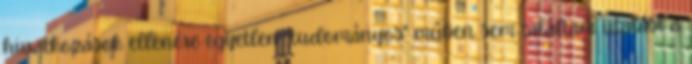
hivatkozások ellenére egyetlen „tudományos" műben sem találtam utalást a